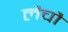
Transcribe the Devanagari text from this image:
लैचौ